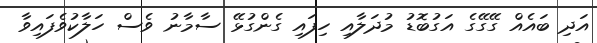
އަދި ބައެއް ގޭގޭގެ އަގުބޮޑު މުދަލާއި ހިފައި ގެންގުޅޭ ސާމާނު ވެސް ހަލާކުވެފައިވާ